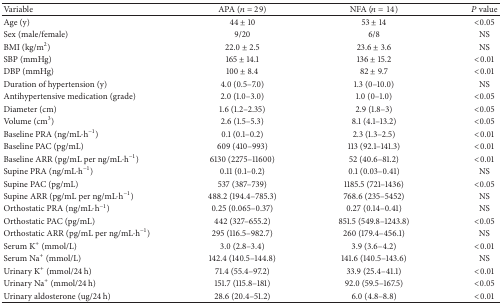
<table><thead><tr><td><b>Variable</b></td><td><b>APA (<i>n</i> = 29)</b></td><td><b>NFA (<i>n</i> = 14)</b></td><td><b><i>P</i> value</b></td></tr></thead><tbody><tr><td>Age (y)</td><td>44 ± 10</td><td>53 ± 14</td><td>&lt;0.05</td></tr><tr><td>Sex (male/female)</td><td>9/20</td><td>6/8</td><td>NS</td></tr><tr><td>BMI (kg/m<sup>2</sup>)</td><td>22.0 ± 2.5</td><td>23.6 ± 3.6</td><td>NS</td></tr><tr><td>SBP (mmHg)</td><td>165 ± 14.1</td><td>136 ± 15.2</td><td>&lt;0.01</td></tr><tr><td>DBP (mmHg)</td><td>100 ± 8.4</td><td>82 ± 9.7</td><td>&lt;0.01</td></tr><tr><td>Duration of hypertension (y)</td><td>4.0 (0.5–7.0)</td><td>1.3 (0–10.0)</td><td>NS</td></tr><tr><td>Antihypertensive medication (grade)</td><td>2.0 (1.0–3.0)</td><td>1.0 (0–1.0)</td><td>&lt;0.05</td></tr><tr><td>Diameter (cm)</td><td>1.6 (1.2–2.35)</td><td>2.9 (1.8–3)</td><td>&lt;0.05</td></tr><tr><td>Volume (cm<sup>3</sup>)</td><td>2.6 (1.5–5.3)</td><td>8.1 (4.1–13.2)</td><td>&lt;0.05</td></tr><tr><td>Baseline PRA (ng/mL·h<sup>−1</sup>)</td><td>0.1 (0.1–0.2)</td><td>2.3 (1.3–2.5)</td><td>&lt;0.01</td></tr><tr><td>Baseline PAC (pg/mL)</td><td>609 (410–993)</td><td>113 (92.1–141.3)</td><td>&lt;0.01</td></tr><tr><td>Baseline ARR (pg/mL per ng/mL·h<sup>−1</sup>)</td><td>6130 (2275–11600)</td><td>52 (40.6–81.2)</td><td>&lt;0.01</td></tr><tr><td>Supine PRA (ng/mL·h<sup>−1</sup>)</td><td>0.11 (0.1–0.2)</td><td>0.1 (0.03–0.41)</td><td>NS</td></tr><tr><td>Supine PAC (pg/mL)</td><td>537 (387–739)</td><td>1185.5 (721–1436)</td><td>&lt;0.05</td></tr><tr><td>Supine ARR (pg/mL per ng/mL·h<sup>−1</sup>)</td><td>488.2 (194.4–785.3)</td><td>768.6 (235–5452)</td><td>NS</td></tr><tr><td>Orthostatic PRA (ng/mL·h<sup>−1</sup>)</td><td>0.25 (0.065–0.37)</td><td>0.27 (0.14–0.41)</td><td>NS</td></tr><tr><td>Orthostatic PAC (pg/mL)</td><td>442 (327–655.2)</td><td>851.5 (549.8–1243.8)</td><td>&lt;0.05</td></tr><tr><td>Orthostatic ARR (pg/mL per ng/mL·h<sup>−1</sup>)</td><td>295 (116.5–982.7)</td><td>260 (179.4–456.1)</td><td>NS</td></tr><tr><td>Serum K<sup>+</sup> (mmol/L)</td><td>3.0 (2.8–3.4)</td><td>3.9 (3.6–4.2)</td><td>&lt;0.01</td></tr><tr><td>Serum Na<sup>+</sup> (mmol/L)</td><td>142.4 (140.5–144.8)</td><td>141.6 (140.5–143.6)</td><td>NS</td></tr><tr><td>Urinary K<sup>+</sup> (mmol/24 h)</td><td>71.4 (55.4–97.2)</td><td>33.9 (25.4–41.1)</td><td>&lt;0.01</td></tr><tr><td>Urinary Na<sup>+</sup> (mmol/24 h)</td><td>151.7 (115.8–181)</td><td>92.0 (59.5–167.5)</td><td>&lt;0.05</td></tr><tr><td>Urinary aldosterone (ug/24 h)</td><td>28.6 (20.4–51.2)</td><td>6.0 (4.8–8.8)</td><td>&lt;0.01</td></tr></tbody></table>